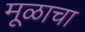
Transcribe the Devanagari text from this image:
मूळाचा